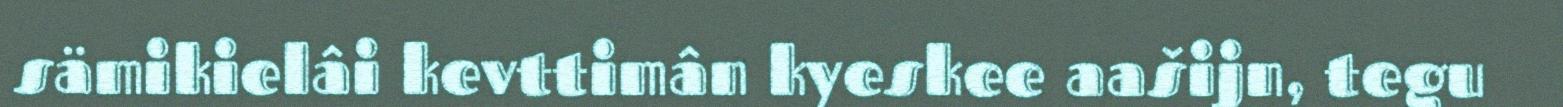
sämikielâi kevttimân kyeskee aašijn, tegu